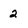
Character: 2